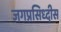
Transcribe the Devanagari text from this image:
जगप्रसिध्दीस